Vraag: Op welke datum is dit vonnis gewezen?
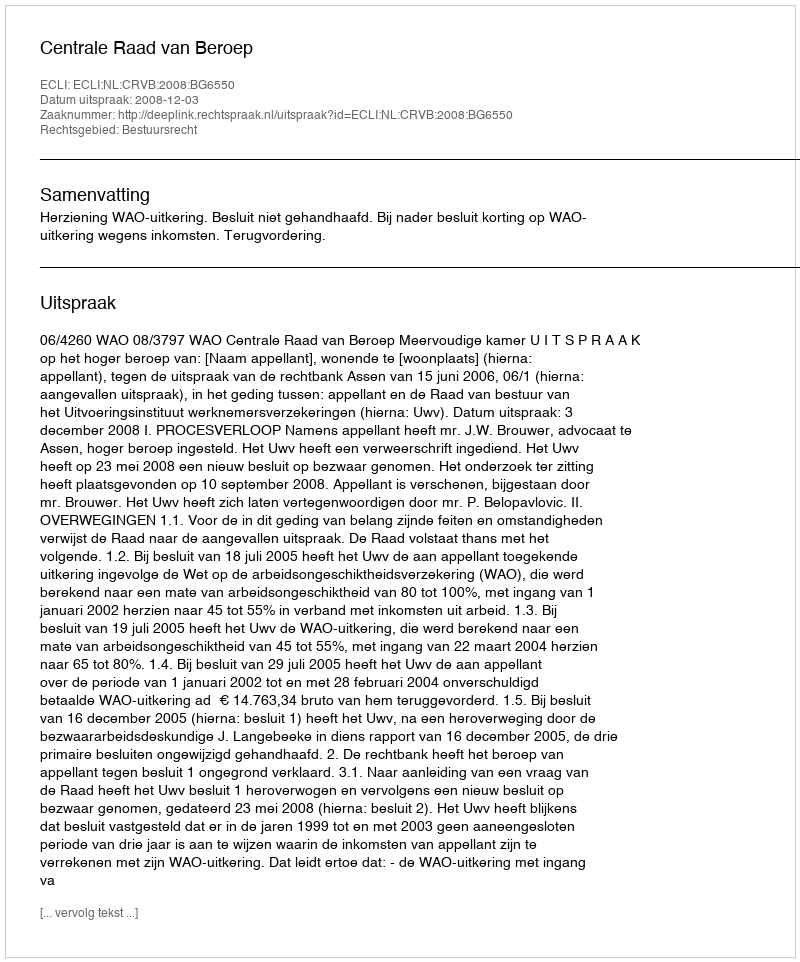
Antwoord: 2008-12-03